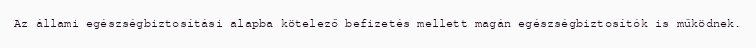
Az állami egészségbiztosítási alapba kötelező befizetés mellett magán egészségbiztosítók is működnek.